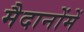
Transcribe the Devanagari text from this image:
मैदानोंमें